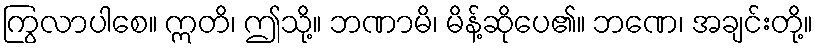
ကြွလာပါစေ။ ဣတိ၊ ဤသို့။ ဘဏာမိ၊ မိန့်ဆိုပေ၏။ ဘဏေ၊ အချင်းတို့။